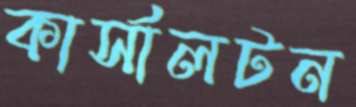
কার্সালটন